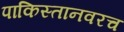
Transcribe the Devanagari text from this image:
पाकिस्तानवरच